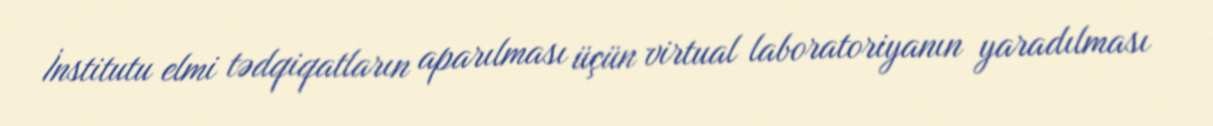
İnstitutu elmi tədqiqatların aparılması üçün virtual laboratoriyanın yaradılması